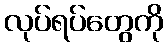
လုပ်ရပ်တွေကို